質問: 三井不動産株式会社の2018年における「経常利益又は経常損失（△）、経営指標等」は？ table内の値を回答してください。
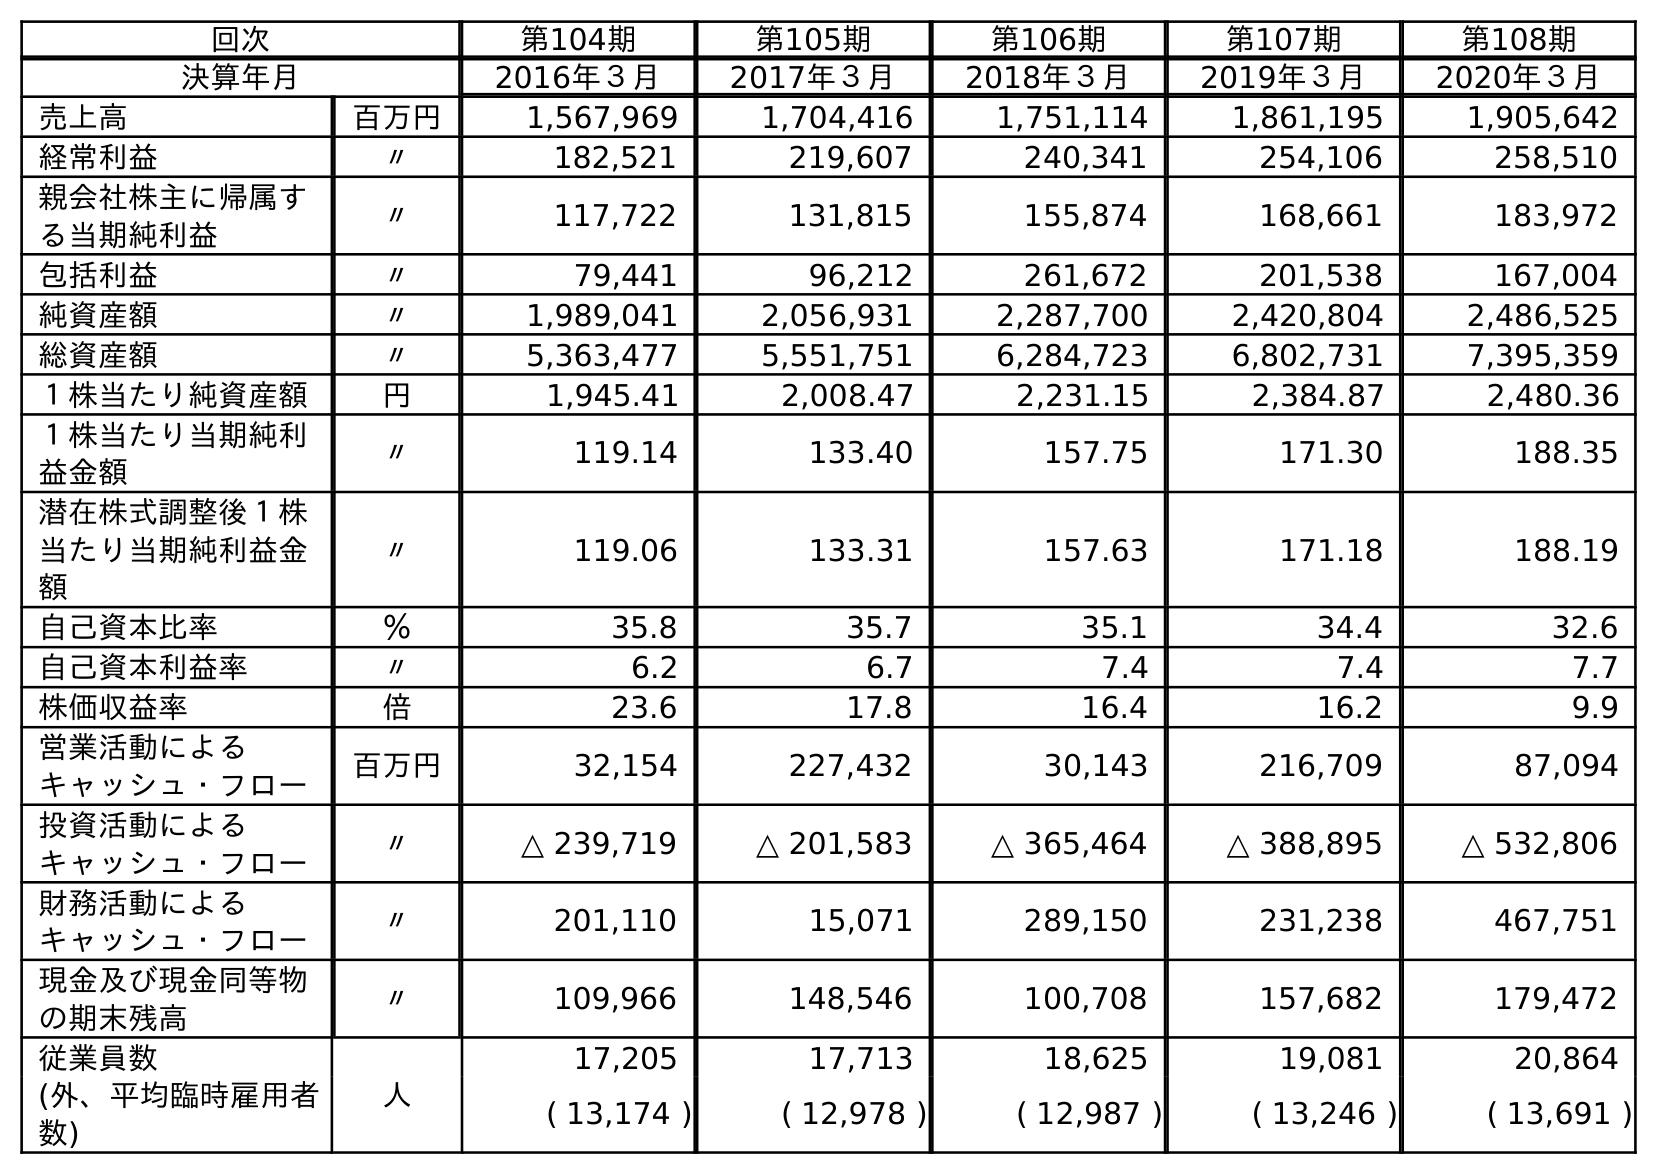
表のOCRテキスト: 回次 第104期 第105期 第106期 第107期 第108期 決算年月 2016年３月 2017年３月 2018年３月 2019年３月 2020年３月 売上高 百万円 1,567,969 1,704,416 1,751,114 1,861,195 1,905,642 経常利益 〃 182,521 219,607 240,341 254,106 258,510 親会社株主に帰属す る当期純利益 〃 117,722 131,815 155,874 168,661 183,972 包括利益 〃 79,441 96,212 261,672 201,538 167,004 純資産額 〃 1,989,041 2,056,931 2,287,700 2,420,804 2,486,525 総資産額 〃 5,363,477 5,551,751 6,284,723 6,802,731 7,395,359 １株当たり純資産額 円 1,945.41 2,008.47 2,231.15 2,384.87 2,480.36 １株当たり当期純利 益金額 〃 119.14 133.40 157.75 171.30 188.35 潜在株式調整後１株 当たり当期純利益金 額 〃 119.06 133.31 157.63 171.18 188.19 自己資本比率 ％ 35.8 35.7 35.1 34.4 32.6 自己資本利益率 〃 6.2 6.7 7.4 7.4 7.7 株価収益率 倍 23.6 17.8 16.4 16.2 9.9 営業活動による キャッシュ・フロー 百万円 32,154 227,432 30,143 216,709 87,094 投資活動による キャッシュ・フロー 〃 △ 239,719 △ 201,583 △ 365,464 △ 388,895 △ 532,806 財務活動による キャッシュ・フロー 〃 201,110 15,071 289,150 231,238 467,751 現金及び現金同等物 の期末残高 〃 109,966 148,546 100,708 157,682 179,472 従業員数 人 17,205 17,713 18,625 19,081 20,864 (外、平均臨時雇用者 数) ( 13,174 ) ( 12,978 ) ( 12,987 ) ( 13,246 ) ( 13,691 )
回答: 240,341